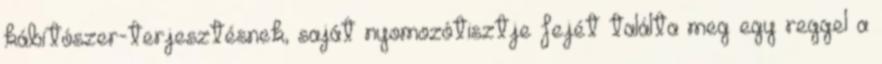
kábítószer-ter­jesztésnek, saját nyomozótisztje fejét találta meg egy reggel a